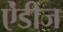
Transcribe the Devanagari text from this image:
ऐंडीज